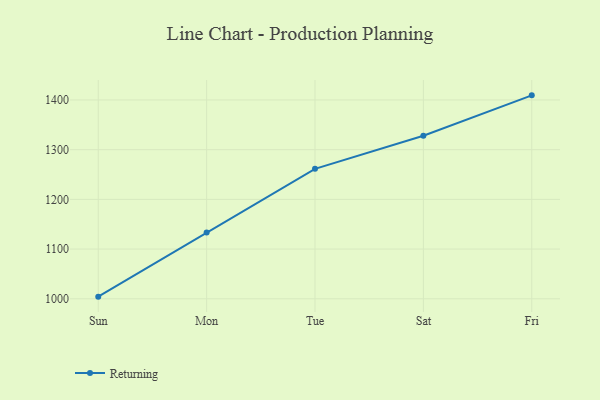
{"axis": {"x": "Day", "y": "Temperature (°C)"}, "legend": ["Returning"], "data": [{"x": "Sun", "y": 1004.3, "type": "Returning"}, {"x": "Mon", "y": 1133.2, "type": "Returning"}, {"x": "Tue", "y": 1261.4, "type": "Returning"}, {"x": "Sat", "y": 1328.1, "type": "Returning"}, {"x": "Fri", "y": 1409.3, "type": "Returning"}]}